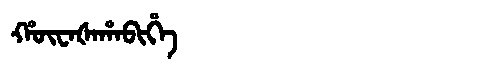
Manchu: ᡥᡡᠸᠠᡧᠠᡥᠠᠪᡳᡥᡝ
Romanization: HŪWAŠAHABIHE